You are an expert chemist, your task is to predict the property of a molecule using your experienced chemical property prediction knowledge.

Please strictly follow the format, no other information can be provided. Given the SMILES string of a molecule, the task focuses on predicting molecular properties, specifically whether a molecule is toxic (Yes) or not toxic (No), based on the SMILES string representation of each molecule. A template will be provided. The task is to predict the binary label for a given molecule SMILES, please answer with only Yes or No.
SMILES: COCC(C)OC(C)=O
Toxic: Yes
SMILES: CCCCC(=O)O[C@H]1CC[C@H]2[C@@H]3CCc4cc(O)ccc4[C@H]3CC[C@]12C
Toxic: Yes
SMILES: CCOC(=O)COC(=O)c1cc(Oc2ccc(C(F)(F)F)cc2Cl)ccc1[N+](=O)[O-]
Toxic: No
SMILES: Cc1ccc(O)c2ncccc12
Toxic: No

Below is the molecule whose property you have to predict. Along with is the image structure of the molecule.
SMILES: c1ccc(CN(CC2=NCCN2)c2ccccc2)cc1
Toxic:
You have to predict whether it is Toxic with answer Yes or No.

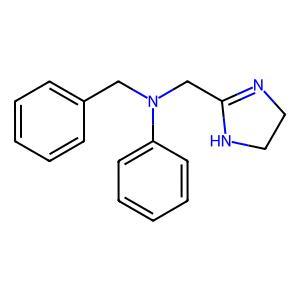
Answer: No